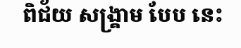
ពិជ័យ សង្គ្រាម បែប នេះ